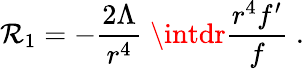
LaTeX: \mathcal{R}_{1}=-\frac{{2\Lambda}}{{r^{4}}}\; \intdr\frac{{r^{4}f^{\prime}}}{{f}}\; .